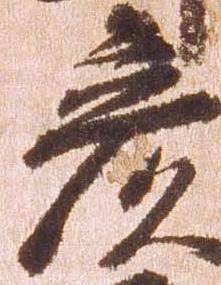
彦